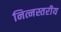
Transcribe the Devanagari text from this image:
नित्नस्तरीय